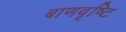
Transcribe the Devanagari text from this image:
बाणवृष्टि